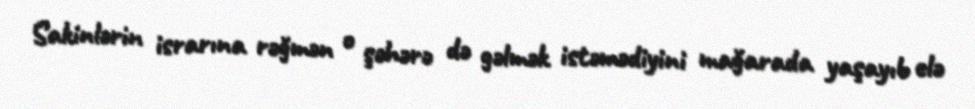
Sakinlərin israrına rəğmən o şəhərə də gəlmək istəmədiyini mağarada yaşayıb elə